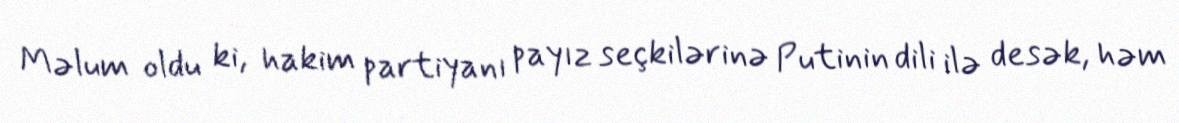
Məlum oldu ki, hakim partiyanı payız seçkilərinə Putinin dili ilə desək, həm